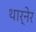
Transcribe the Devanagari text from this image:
थार्नेर